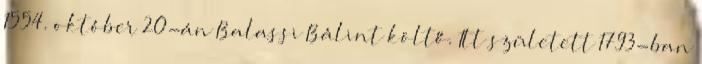
1554. október 20-án Balassi Bálint költő. Itt született 1793-ban